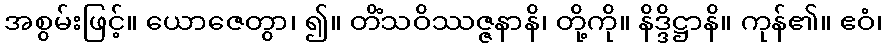
အစွမ်းဖြင့်။ ယောဇေတွာ၊ ၍။ တိံသဝိဿဇ္ဇနာနိ၊ တို့ကို။ နိဒ္ဒိဋ္ဌာနိ။ ကုန်၏။ ဧဝံ၊